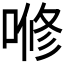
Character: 𭉫